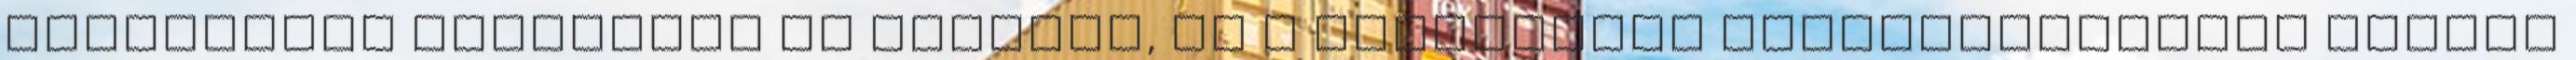
individuum családját is jelenti, és a társadalom általánosságban tiltja